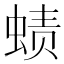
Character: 𰳁